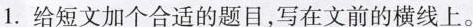
1. 给短文加个合适的题目，写在文前的横线上。